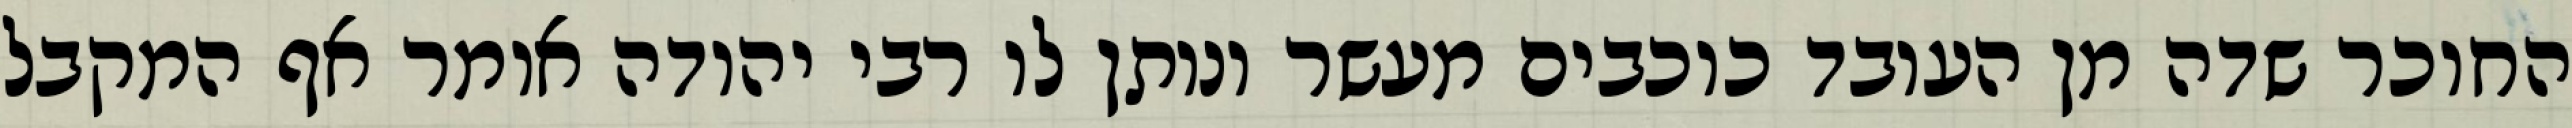
החוכר שדה מן העובד כוכבים מעשר ונותן לו רבי יהודה אומר אף המקבל